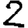
Digit: 2